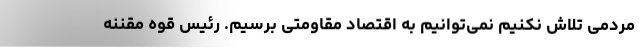
مردمی تلاش نکنیم نمی‌توانیم به اقتصاد مقاومتی برسیم. رئیس قوه مقننه